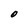
Character: O